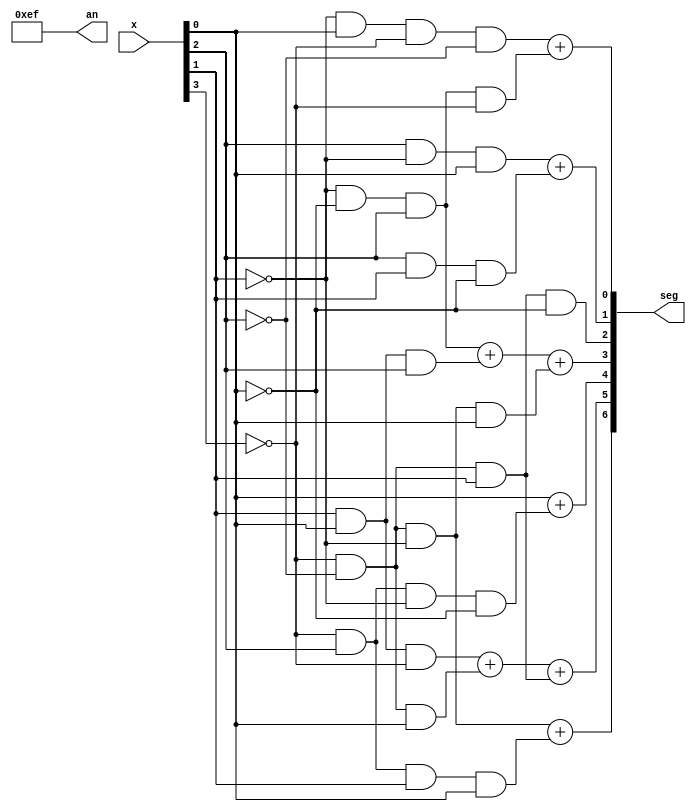
`timescale 1ns / 1ps
//////////////////////////////////////////////////////////////////////////////////
// Company: 
// Engineer: 
// 
// Design Name: 
// Module Name: number1
// Project Name: 
// Target Devices: 
// Tool Versions: 
// Description: 
// 
// Dependencies: 
// 
// Revision:
// Revision 0.01 - File Created
// Additional Comments:
// 
//////////////////////////////////////////////////////////////////////////////////


module number1(
    input [3:0]x, 
    //output [7:0]an,
    output [6:0] seg,
    output [7:0]an
    );
   assign seg[0] = (~x[1]&x[0]&~x[3]&~x[2])  + (~x[1]&~x[0]&x[2]& (~x[3]));
   assign seg[1] = (x[2]&~x[1]&x[0]) + (x[2]&x[1]&~x[0]);
   assign seg[2] = ~x[3]&~x[2]&x[1]&~x[0];
   assign seg[3] = (~x[1]&~x[0]&x[2]) + (x[1]&x[0]&x[2]) + (~x[3]&~x[2]&~x[1]&x[0]);
   assign seg[4] = x[0] + (~x[3]&x[2]&~x[1]&~x[0]);
   assign seg[5] = (x[1]&x[0]&~x[3]) + (~x[3]&~x[2]&x[0]) + (~x[3]&~x[2]&x[1]);
   assign seg[6] = (~x[3]&~x[2]&~x[1]) + (~x[3]&x[2]&x[1]&x[0]);
   
   assign an = 8'b11101111;
    
endmodule